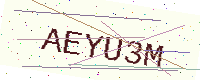
Text: AEYU3M